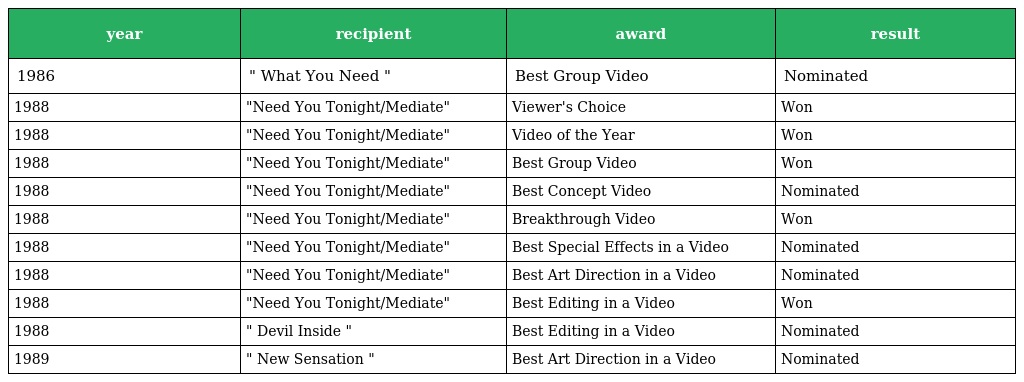
| year | recipient | award | result |
 | --- | --- | --- | --- |
 | 1986 | " What You Need " | Best Group Video | Nominated |
 | 1988 | "Need You Tonight/Mediate" | Viewer's Choice | Won |
 | 1988 | "Need You Tonight/Mediate" | Video of the Year | Won |
 | 1988 | "Need You Tonight/Mediate" | Best Group Video | Won |
 | 1988 | "Need You Tonight/Mediate" | Best Concept Video | Nominated |
 | 1988 | "Need You Tonight/Mediate" | Breakthrough Video | Won |
 | 1988 | "Need You Tonight/Mediate" | Best Special Effects in a Video | Nominated |
 | 1988 | "Need You Tonight/Mediate" | Best Art Direction in a Video | Nominated |
 | 1988 | "Need You Tonight/Mediate" | Best Editing in a Video | Won |
 | 1988 | " Devil Inside " | Best Editing in a Video | Nominated |
 | 1989 | " New Sensation " | Best Art Direction in a Video | Nominated |